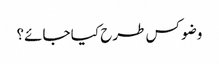
وضو کس طرح کیا جائے؟